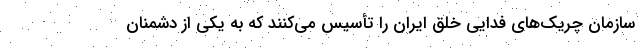
سازمان چریک‌های فدایی خلق ایران را تأسیس می‌کنند که به یکی از دشمنان